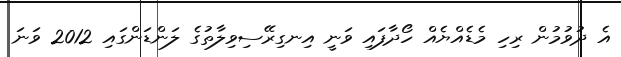
އެ ދުވުމުން ރިހި މެޑެއްޔެއް ހޯދާފައި ވަނީ އިނގިރޭސިވިލާތުގެ ލަންޑަންގައި 2012 ވަނަ